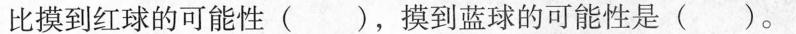
比摸到红球的可能性()，摸到蓝球的可能性是( )。